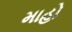
માહો